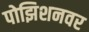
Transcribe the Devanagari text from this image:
पोझिशनवर